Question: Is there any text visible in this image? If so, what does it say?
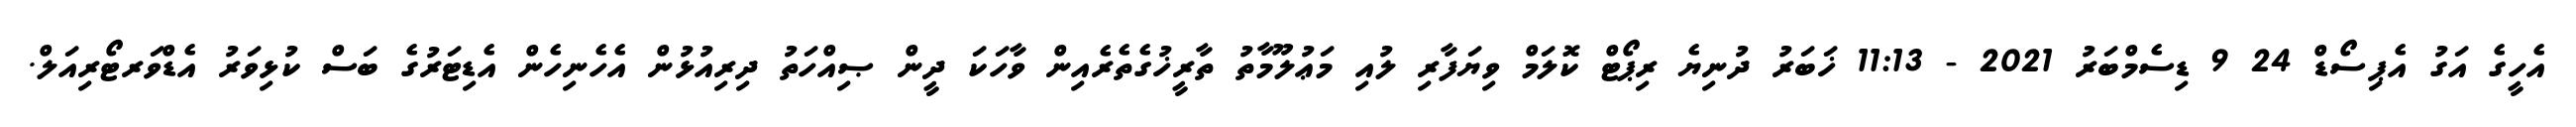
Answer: އެހީގެ އަގު އެޕިސޯޑް 24 9 ޑިސެމްބަރު 2021 - 11:13 ޚަބަރު ދުނިޔެ ރިޕޯޓް ކޮލަމް ވިޔަފާރި ލުއި މަޢުލޫމާތު ތާރީޚުގެތެރެއިން ވާހަކަ ދީން ޞިއްހަތު ދިރިއުޅުން އެހެނިހެން އެޑިޓަރުގެ ބަސް ކުޅިވަރު އެޑްވަރޓޯރިއަލް.